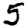
Digit: 5